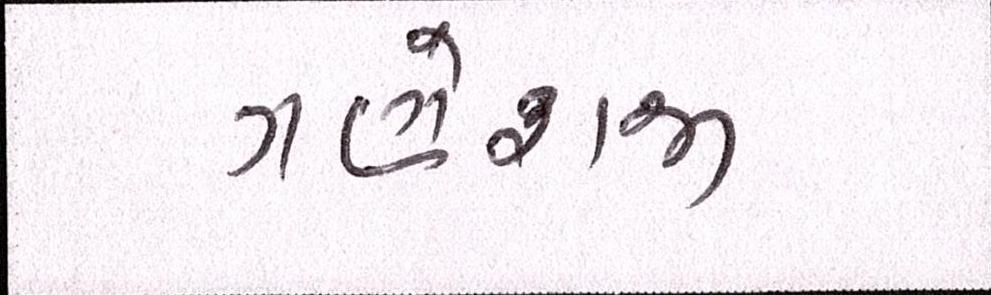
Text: ગણેશજી